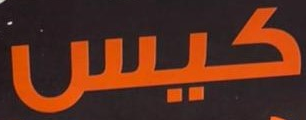
كيس